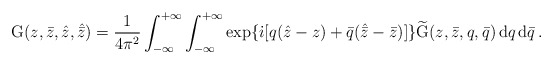
\begin{align*}\mbox{G}(z,\bar{z},\hat{z},\hat{\bar{z}})=\frac{1}{4\pi^2}\int_{-\infty}^{+\infty}\int_{-\infty}^{+\infty}\exp\{\dot{\imath}[q(\hat{z}-z)+\bar{q}(\hat{\bar{z}}-\bar{z})]\}\widetilde{\mbox{G}}(z,\bar{z},q,\bar{q})\,\mbox{d}q\,\mbox{d}\bar{q}\,.\end{align*}